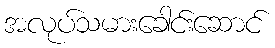
အလုပ်သမားခေါင်းဆောင်